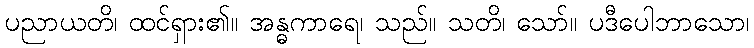
ပညာယတိ၊ ထင်ရှား၏။ အန္ဓကာရေ၊ သည်။ သတိ၊ သော်။ ပဒီပေါဘာသော၊